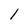
Character: l